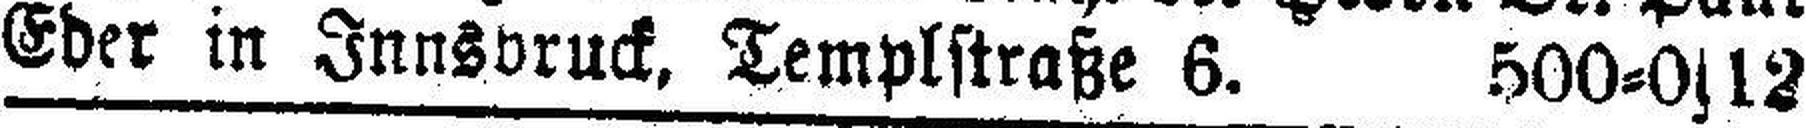
Eder in Innsbruck, Templstraße 6. 500=0s12